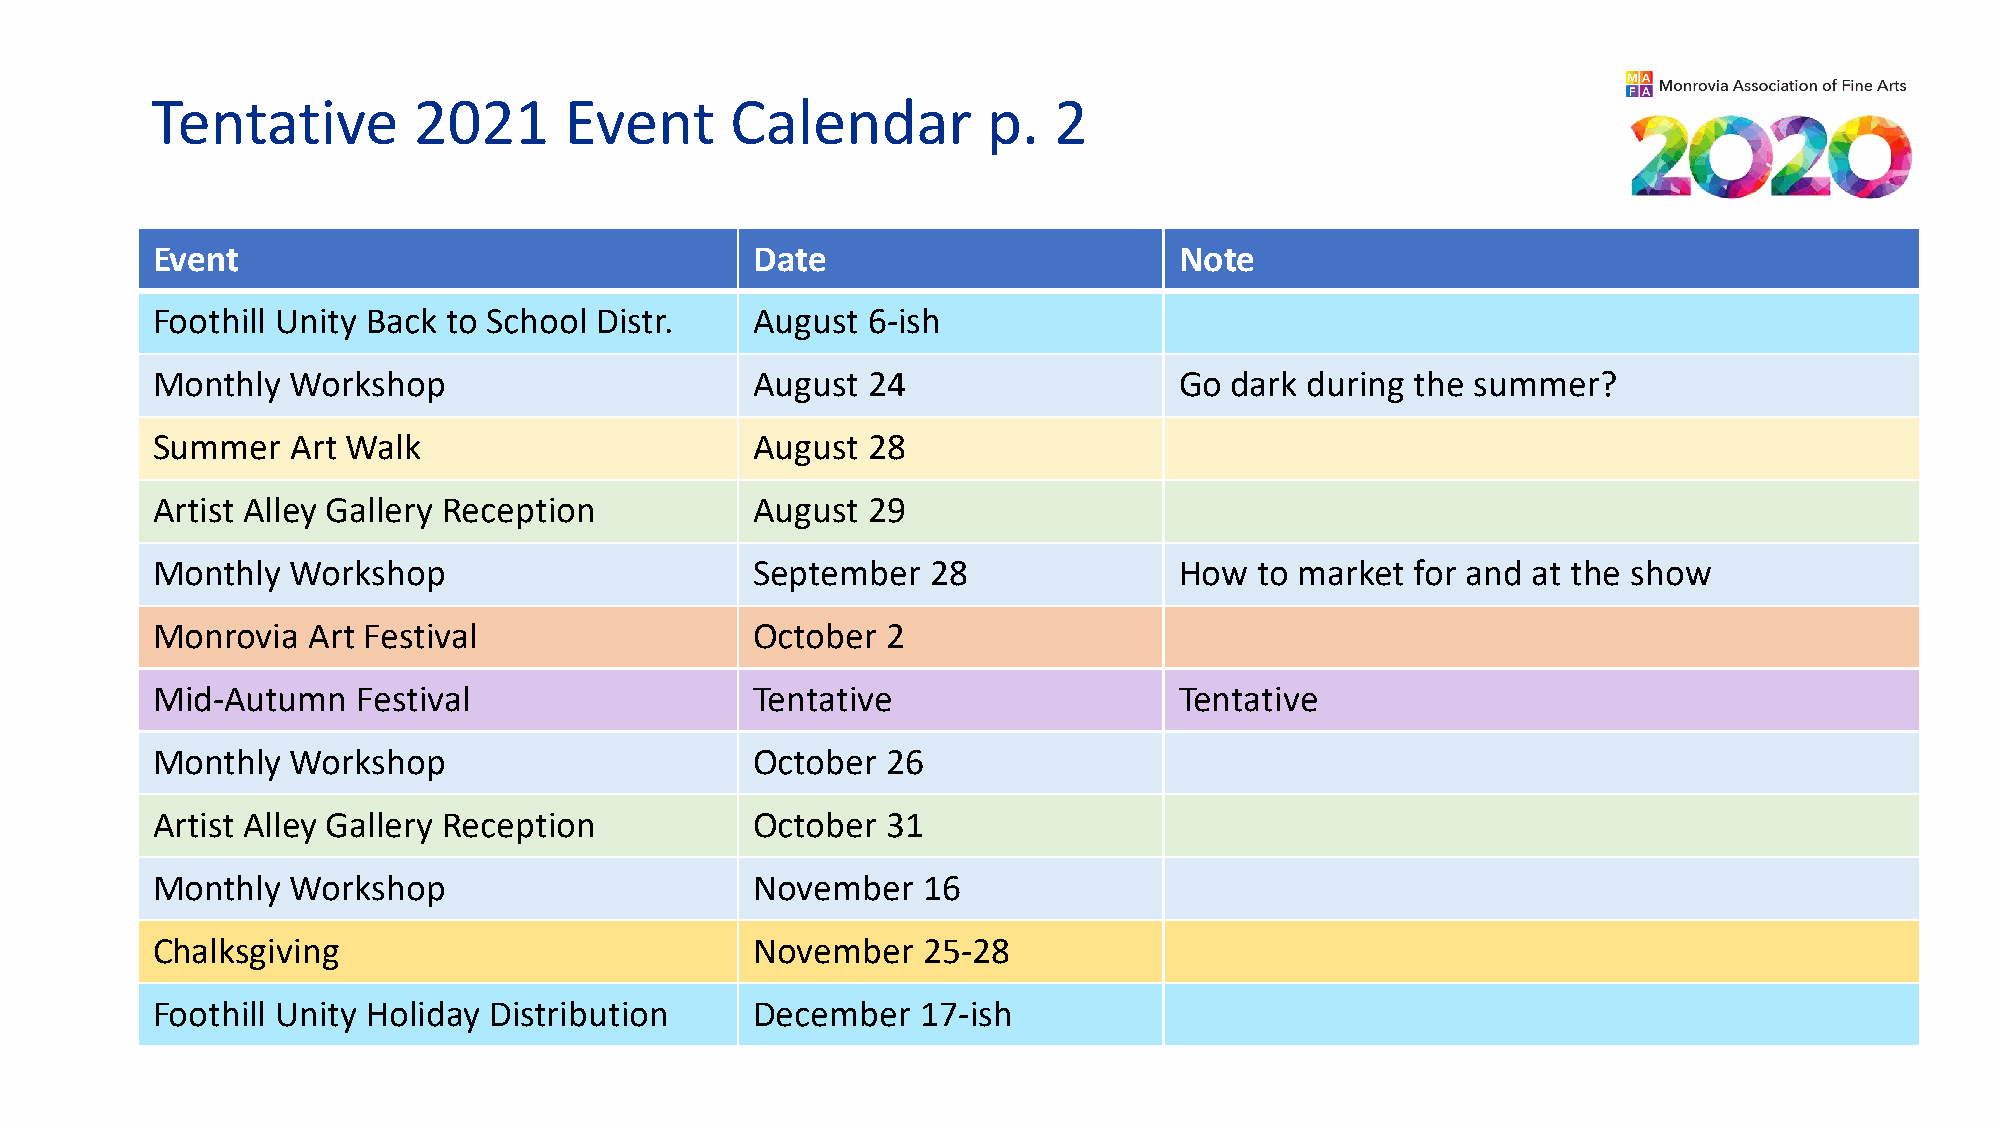
Tentative        2021      Event      Calendar         p.   2
 Event                                   Date                        Note
 Foothill Unity Back to School Distr.    August 6-ish
 Monthly  Workshop                       August 24                   Go dark during  the summer?
 Summer   Art Walk                       August 28
 Artist Alley Gallery Reception          August 29
 Monthly  Workshop                       September   28              How  to market  for and at the show
 Monrovia  Art Festival                  October  2
 Mid-Autumn    Festival                  Tentative                   Tentative
 Monthly  Workshop                       October  26
 Artist Alley Gallery Reception          October  31
 Monthly  Workshop                       November   16
 Chalksgiving                            November   25-28
 Foothill Unity Holiday Distribution     December   17-ish